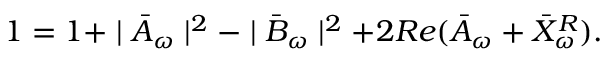
1 = 1 + \mid \bar { A } _ { \omega } \mid ^ { 2 } - \mid \bar { B } _ { \omega } \mid ^ { 2 } + 2 R e ( \bar { A } _ { \omega } + \bar { X } _ { \omega } ^ { R } ) .